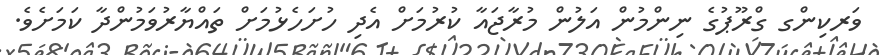
ވަރކިންގ ގްރޫޕުގެ ނިންމުން އަލުން މުރާޖައާ ކުރުމަށް އެދި ހުށަހެޅުމަށް ތައްޔާރުވަމުންދާ ކަމަށެވެ.